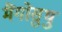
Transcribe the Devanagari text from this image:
मैंगोसुथु